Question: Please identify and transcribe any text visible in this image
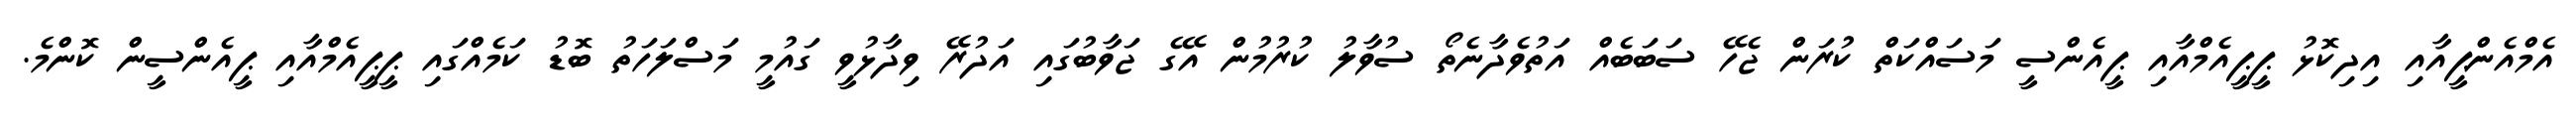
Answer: އެމްއެންޕީއާއި އިދިކޮޅު ޕީޕީއެމްއާއި ޕީއެންސީ މަސައްކަތް ކުރަން ޖެހޭ ސަބަބެއް އަތުވެދާނެތޯ ސުވާލު ކުރުމުން އޭގެ ޖަވާބުގައި އަދުރޭ ވިދާޅުވީ ގައުމީ މަސްލަހަތު ބޮޑު ކަމެއްގައި ޕީޕީއެމްއާއި ޕީއެންސީން ކޮންމެ.